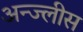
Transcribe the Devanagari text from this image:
अन्ज्लीस